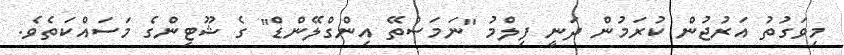
މިވަގުތު އަރުޖުން ކުރަމުން ދަނީ ފިލްމު "ނަމަސްތޭ އިންގްލޭންޑް" ގެ ޝޫޓިންގެ މަސައްކަތެވެ.